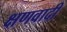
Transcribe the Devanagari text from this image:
क्षणवादी